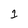
Character: 1